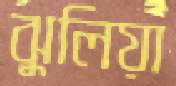
ঝুলিয়া